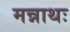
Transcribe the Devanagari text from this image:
मन्नाथः